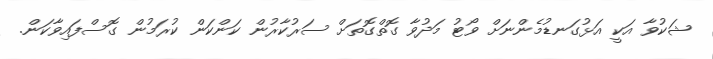
ޝަކުވާ އަކީ އަޅުގަނޑުމެންނަށް ވޯޓު މަދުވާ ގޮތްގޮތަށް ސަރުކާރުން ކަންކަން ކުރަމުން ގޮސްފައިވާކަން.